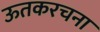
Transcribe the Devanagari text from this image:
ऊतकरचना